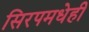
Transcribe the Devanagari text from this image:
सिरपमधेही